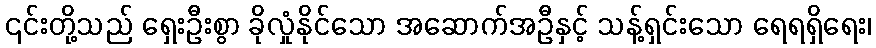
၎င်းတို့သည် ရှေးဦးစွာ ခိုလှုံနိုင်သော အဆောက်အဦနှင့် သန့်ရှင်းသော ရေရရှိရေး၊